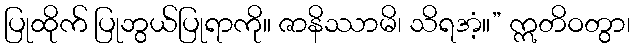
ပြုထိုက် ပြုဘွယ်ပြုရာကို။ ဇာနိဿာမိ၊ သိရအံ့။” ဣတိဝတွာ၊